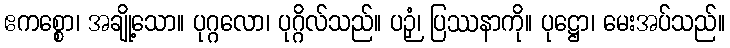
ဧကစ္စော၊ အချို့သော။ ပုဂ္ဂလော၊ ပုဂ္ဂိလ်သည်။ ပဉှံ၊ ပြဿနာကို။ ပုဋ္ဌော၊ မေးအပ်သည်။